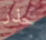
حذر